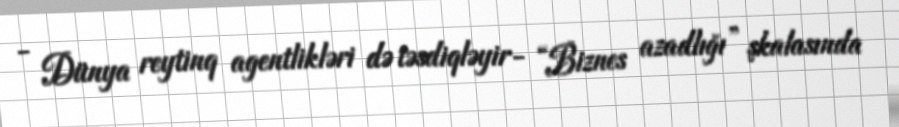
- Dünya reytinq agentlikləri də təsdiqləyir- “Biznes azadlığı” şkalasında